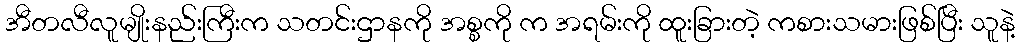
အီတလီလူမျိုးနည်းကြီးက သတင်းဌာနကို အစ္စကို က အရမ်းကို ထူးခြားတဲ့ ကစားသမားဖြစ်ပြီး သူနဲ့